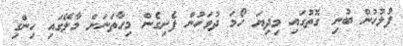
ފުލުހުން ބުނި ގޮތުގައި މިދިޔަ ހޯމަ ދުވަހުން ފެށިގެން މިހާތަނަށް މާލޭގައި ހިންގި